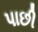
પાછી